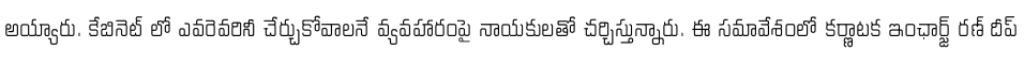
అయ్యారు. కేబినెట్ లో ఎవరెవరినీ చేర్చుకోవాలనే వ్యవహారంపై నాయకులతో చర్చిస్తున్నారు. ఈ సమావేశంలో కర్ణాటక ఇంఛార్జ్ రణ్ దీప్